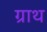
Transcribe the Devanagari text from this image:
ग्राथ